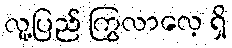
လူ့ပြည် ကြွလာလေ့ ရှိ